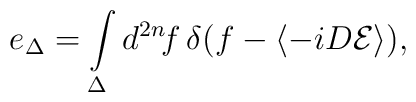
e_\Delta=\int\limits_\Delta d^{2n}\!f\,\delta(f-\langle -iD{\cal E}\rangle),